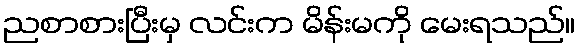
ညစာစားပြီးမှ လင်းက မိန်းမကို မေးရသည်။